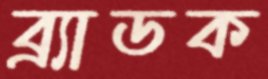
ব্র্যাডক